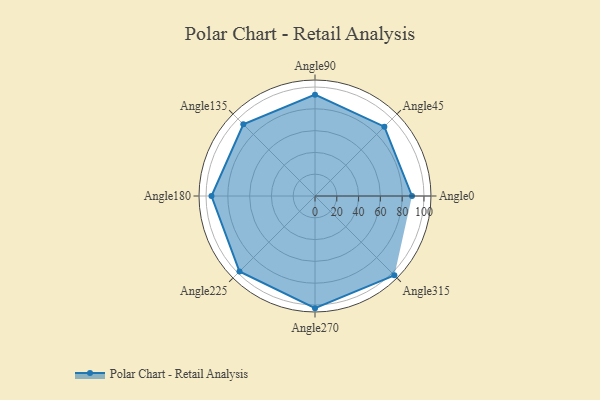
{"axis": {"x": "Angle", "y": "Radius"}, "legend": [""], "data": [{"x": "Angle0", "y": 89.0, "type": ""}, {"x": "Angle45", "y": 90.0, "type": ""}, {"x": "Angle90", "y": 93.0, "type": ""}, {"x": "Angle135", "y": 93.0, "type": ""}, {"x": "Angle180", "y": 95.0, "type": ""}, {"x": "Angle225", "y": 98.0, "type": ""}, {"x": "Angle270", "y": 103.0, "type": ""}, {"x": "Angle315", "y": 103.0, "type": ""}]}